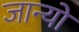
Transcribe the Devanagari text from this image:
जान्यो